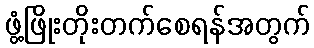
ဖွံ့ဖြိုးတိုးတက်စေရန်အတွက်